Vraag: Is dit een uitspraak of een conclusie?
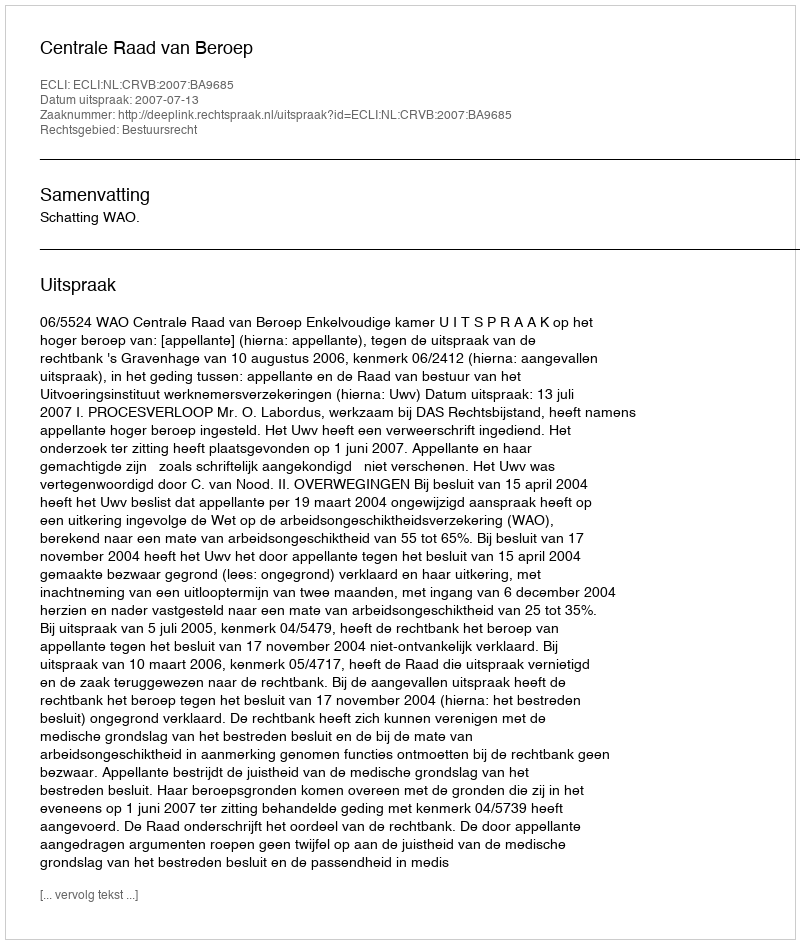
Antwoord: Uitspraak